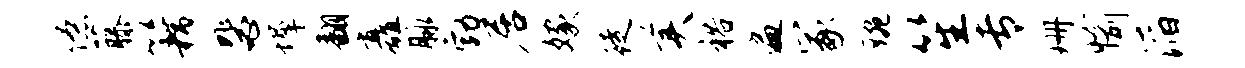
僚藤籍毖墀翻矗脉勃居嫁徒美裕遍冢琬笙专珊愉滔